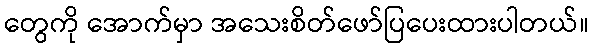
တွေကို အောက်မှာ အသေးစိတ်ဖော်ပြပေးထားပါတယ်။